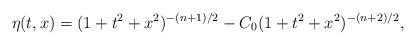
LaTeX: \begin{align*}\eta(t,x)&= ( 1 + t^2+x^2)^{-(n+1)/2} - C_0 ( 1 + t^2 + x^2)^{-(n+2)/2},\end{align*}